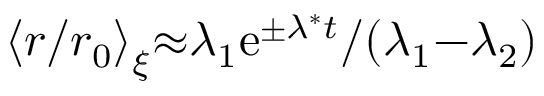
{ \langle } r / r _ { 0 } { \rangle } _ { \xi } { \approx } { \lambda _ { 1 } } \mathrm { e } ^ { \pm \lambda ^ { * } t } / ( { \lambda _ { 1 } { - } \lambda _ { 2 } } )